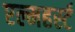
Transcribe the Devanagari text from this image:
एल्महर्स्ट